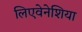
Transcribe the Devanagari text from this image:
लिएवेनेशिया